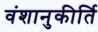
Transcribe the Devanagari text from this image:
वंशानुकीर्ति